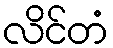
လိင်တံ